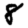
Digit: 8